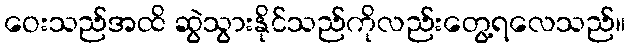
ဝေးသည်အထိ ဆွဲသွားနိုင်သည်ကိုလည်းတွေ့ရလေသည်။